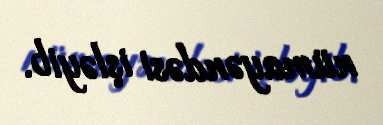
nümayəndəsi işləyib.